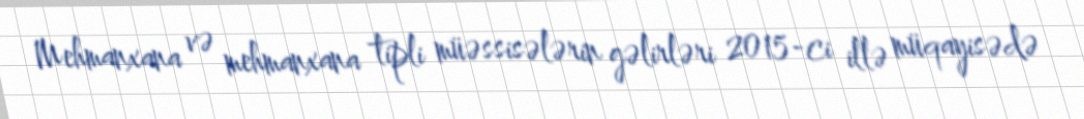
Mehmanxana və mehmanxana tipli müəssisələrin gəlirləri 2015-ci illə müqayisədə